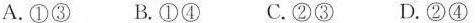
A.①③ B.①④ C.②③ D.②④